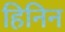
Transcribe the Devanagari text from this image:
हिनिन